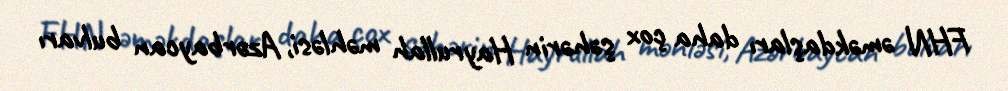
FHN əməkdaşları daha çox şəhərin Hayrullah məhləsi, Azərbaycan bulvarı